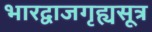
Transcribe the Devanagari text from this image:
भारद्वाजगृह्यसूत्र